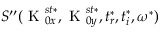
S ^ { \prime \prime } ( \textrm { K } _ { 0 x } ^ { s t * } , \textrm { K } _ { 0 y } ^ { s t * } , t _ { r } ^ { * } , t _ { i } ^ { * } , \omega ^ { * } )